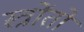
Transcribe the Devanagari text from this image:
स्त्रोंतों